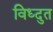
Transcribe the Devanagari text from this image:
विध्दुत